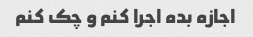
اجازه بده اجرا کنم و چک کنم